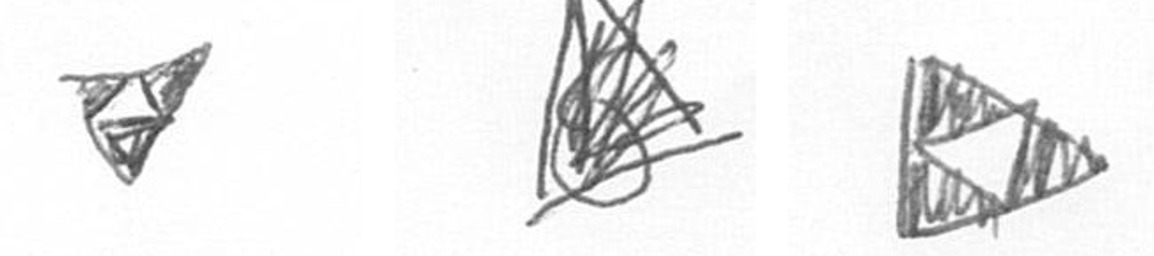
S O K